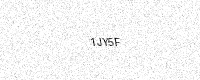
Text: 1JY5F